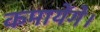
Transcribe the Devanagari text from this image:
कमायेंगे।